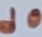
Text: d0